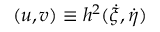
( u , v ) \equiv h ^ { 2 } ( \dot { \xi } , \dot { \eta } )